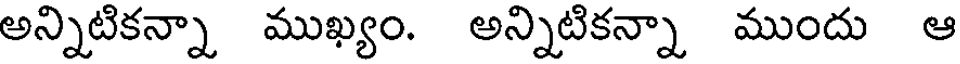
అన్నిటికన్నా ముఖ్యం. అన్నిటికన్నా ముందు ఆ